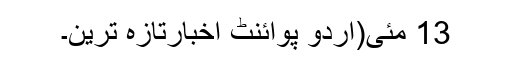
13 مئی(اُردو پوائنٹ اخبارتازہ ترین۔